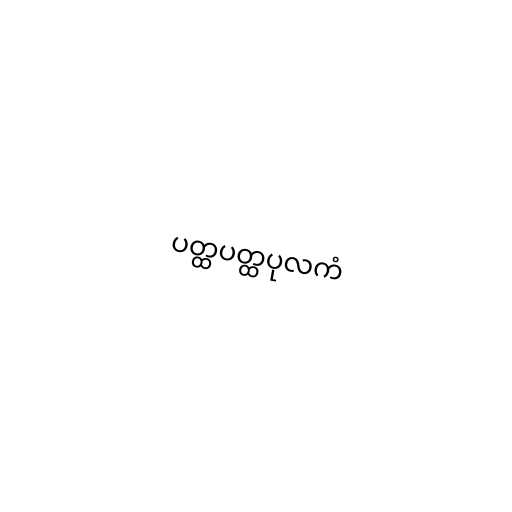
ပတ္ထပတ္ထပုလကံ